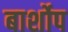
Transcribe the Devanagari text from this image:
बार्शोप